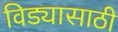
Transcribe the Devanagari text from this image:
विड्यासाठी